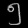
Digit: ၅